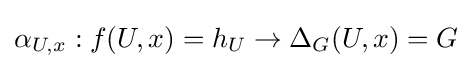
\alpha _{U,x}:f(U,x)=h_{U}\to \Delta _{G}(U,x)=G